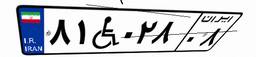
۸۱W۰۲۸۰۸